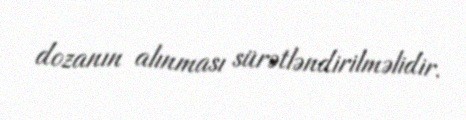
dozanın alınması sürətləndirilməlidir.